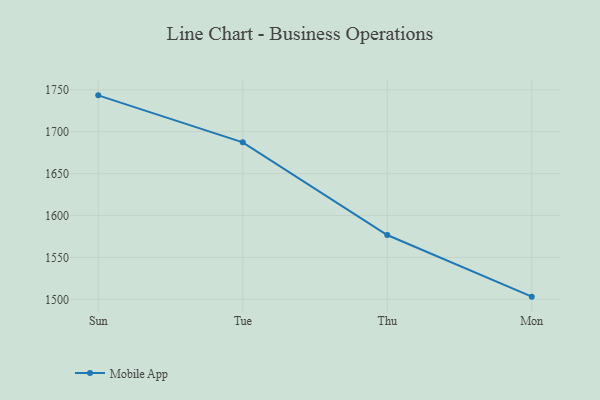
{"axis": {"x": "Day", "y": "Inventory Turnover"}, "legend": ["Mobile App"], "data": [{"x": "Sun", "y": 1743.5, "type": "Mobile App"}, {"x": "Tue", "y": 1687.4, "type": "Mobile App"}, {"x": "Thu", "y": 1576.8, "type": "Mobile App"}, {"x": "Mon", "y": 1503.2, "type": "Mobile App"}]}